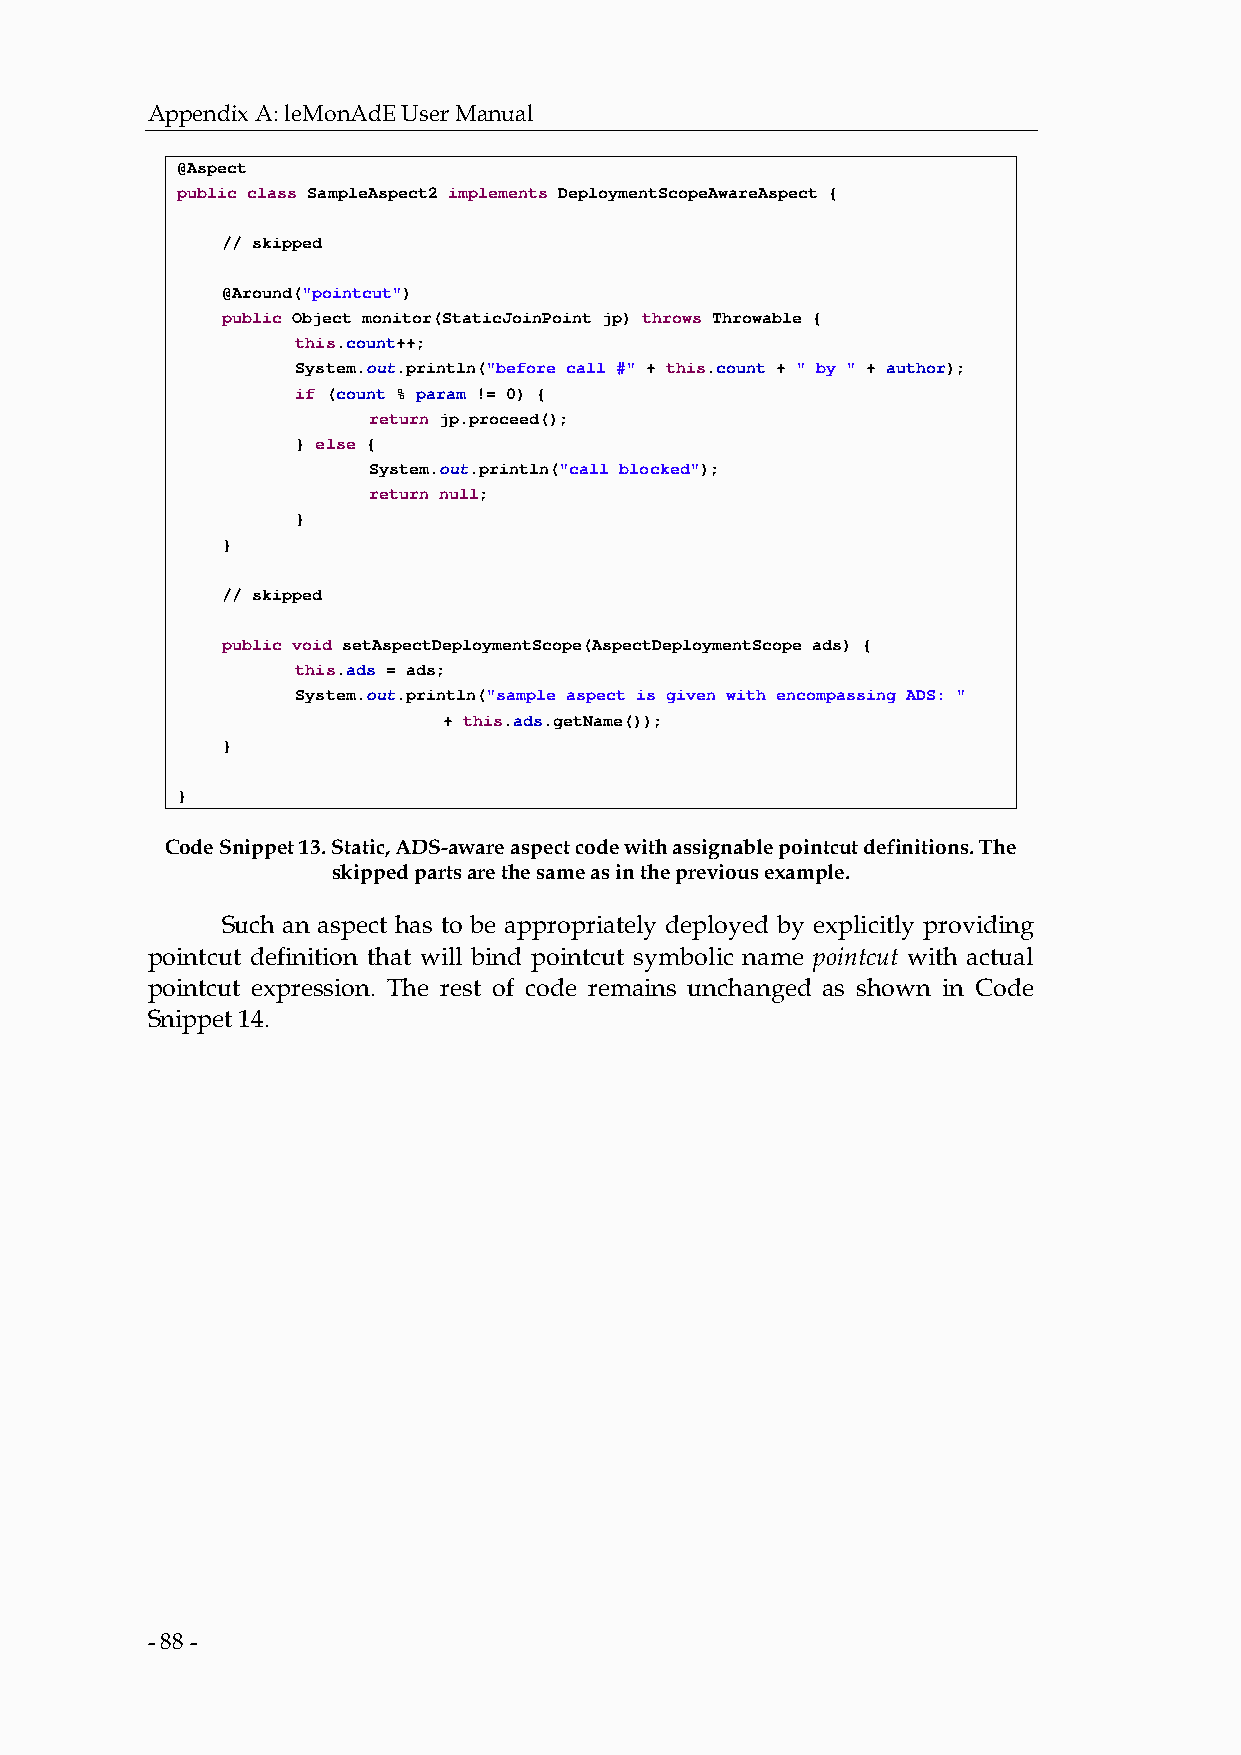
Appendix A: leMonAdE User Manual
 @Aspect
 public class SampleAspect2 implements DeploymentScopeAwareAspect {
 // skipped
 @Around("pointcut")
 public Object monitor(StaticJoinPoint jp) throws Throwable {
 this.count++;
 System.out.println("before call #" + this.count + " by " + author);
 if (count % param != 0) {
 return jp.proceed();
 } else {
 System.out.println("call blocked");
 return null;
 }
 }
 // skipped
 public void setAspectDeploymentScope(AspectDeploymentScope ads) {
 this.ads = ads;
 System.out.println("sample aspect is given with encompassing ADS: "
 + this.ads.getName());
 }
 }
 Code Snippet 13. Static, ADS-aware aspect code with assignable pointcut definitions. The
 skipped parts are the same as in the previous example.
 Such an aspect has to be appropriately deployed by explicitly providing
 pointcut definition that will bind pointcut symbolic name pointcut with actual
 pointcut expression. The rest of code remains unchanged as shown in Code
 Snippet 14.
 - 88 -